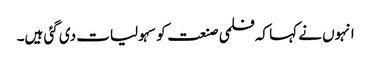
انہوں نے کہا کہ فلمی صنعت کو سہولیات دی گئی ہیں۔